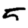
Digit: 5